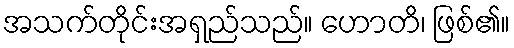
အသက်တိုင်းအရှည်သည်။ ဟောတိ၊ ဖြစ်၏။